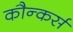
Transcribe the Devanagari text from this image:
कौन्कर्स